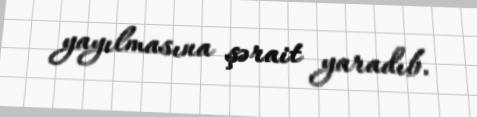
yayılmasına şərait yaradıb.